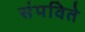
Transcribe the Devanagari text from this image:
संपविते